Annual report of the Central Committee of the Association together with the report of the directors of the Pasteur Institute at Kasauli
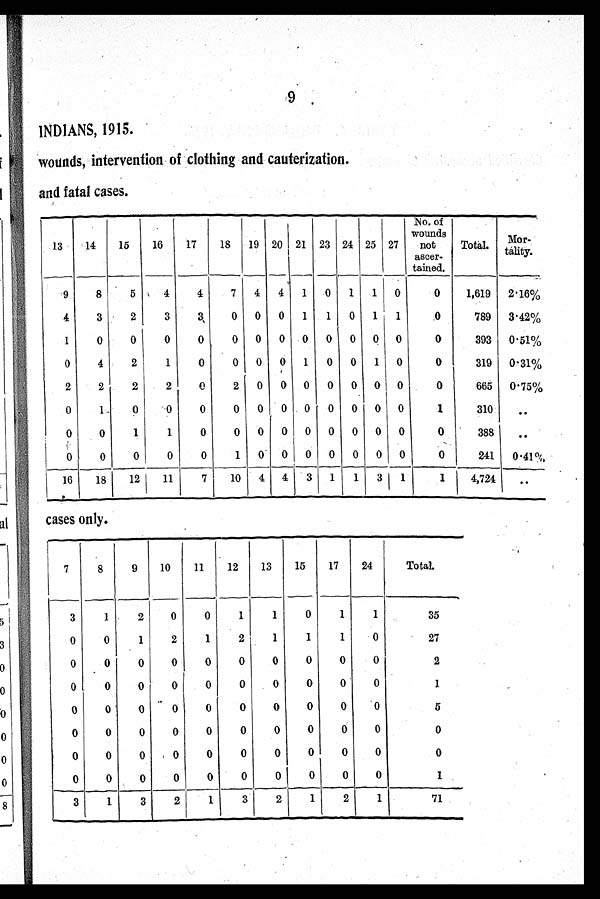
9
INDIANS, 1915.
wounds, intervention of clothing and cauterization.
and fatal cases.
13
14
15
16
17
18
19 20 21 23 24 25 27
No. of
wounds
not
ascer-
tained.
Total.
M o r -
tality.
9
8
5
4
4
7
4
4
1
0
1
1 0
0
1,619 2·16%
4
3
2
3
3
0 0 0
1
1
0
1
1
0
789 3·42%
1
0
0
0
0
0 0
0 0 0 0 0 0
0
393 0·51%
0
4
2
1
0
0 0
0 1
0
0
1 0
0
319 0·31%
2
2
2
2
0
2
0
0 0
0 0 0 0
0
665 0·75%
0
1
0
0
0
0
0
0 0
0
0 0 0
1
310
..
0
0
1
1
0
0
0
0 0 0 0 0 0
0
388
. .
0
0
0
0
0
1
0 0 0 0 0 0 0
0
241
0·41%
16
18
12
11
7
10
4 4
3
1
1
3
1
1
4,724
..
cases only.
7
8
9
10
11
12
13
15
17
24
Total.
3
1
2
0
0
1
1
0
1
1
35
0
0
1
2
1
2
1
1
1
0
27
0
0
0
0
0
0
0
0
0
0
2
0
0
0
0
0
0
0
0
0
0
1
0
0
0
0
0
0
0
0
0
0
5
0
0
0
0
0
0
0
0
0
0
0
0
0
0
0
0
0
0
0
0
0
0
0
0
0
0
0
0
0
0
0
0
1
3
1
3
2
1
3
2
1
2
1
71